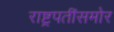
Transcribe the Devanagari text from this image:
राष्ट्रपतींसमोर